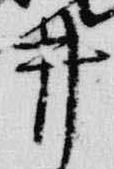
井